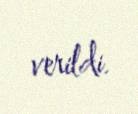
verildi.